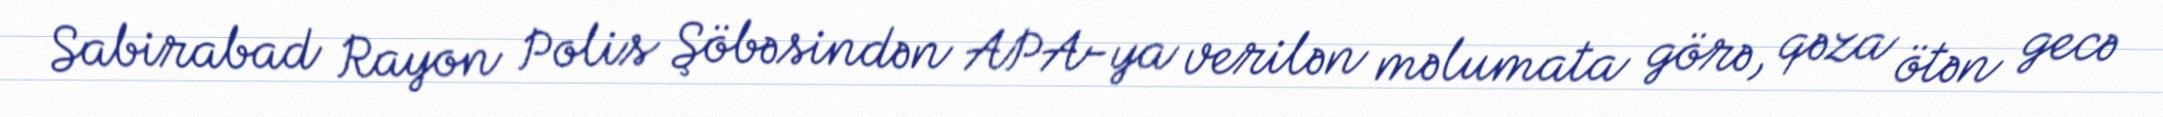
Sabirabad Rayon Polis Şöbəsindən APA-ya verilən məlumata görə, qəza ötən gecə